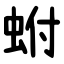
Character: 蚹